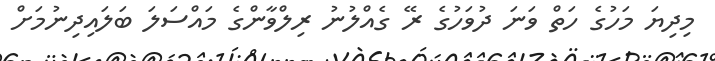
މިދިޔަ މަހުގެ ހަތް ވަނަ ދުވަހުގެ ރޭ ގެއްލުނު ރިލްވާންގެ މައްސަލަ ބަލައިދިނުމަށް